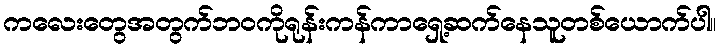
ကလေးတွေအတွက်ဘဝကိုရုန်းကန်ကာရှေ့ဆက်နေသူတစ်ယောက်ပါ။